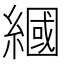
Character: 𦄰